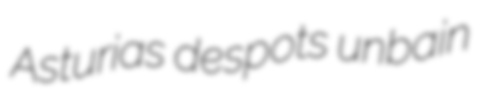
Asturias despots unbain